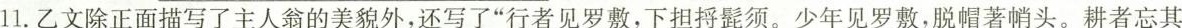
11.乙文除正面描写了主人翁的美貌外，还写了 “行者见罗敷，下担捋髭须。少年见罗敷，脱帽著帩头。耕者忘其